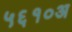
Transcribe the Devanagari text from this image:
५६१०अ